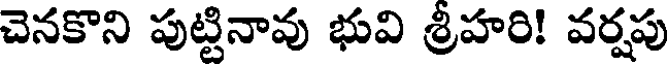
చెనకొని పుట్టినావు భువి శ్రీహరి! వర్షపు